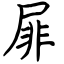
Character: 屝